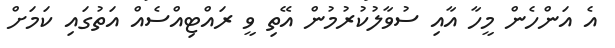
އެ އަންހެން މީހާ އާއި ސުވާލުކުރުމުން އޭތި ވީ ރައްޓިއްސެއް އަތުގައި ކަމަށް